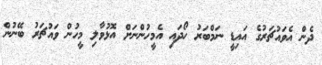
ދެން އެވައުޗަރުގެ އައިޑީ ނަމްބަރު ހޯދައި އެމީހުންނަށް އޮޅުވާލި މީހުން ވައުޗަރު ބޭނުން